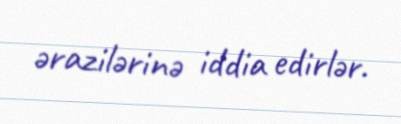
ərazilərinə iddia edirlər.